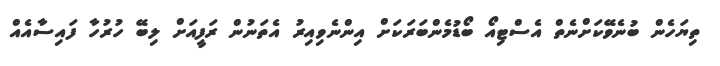
ތިޔަހެން ބުނެވޭކަށްނެތް އެސްޓިއޯ ބޯޑުމެންބަރަކަށް އިންނެވިއިރު އެތަނުން ރަފީއަށް ލިބޭ ހުރުހާ ފައިސާއެއް